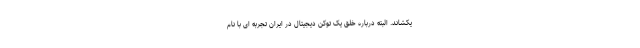
یکشاند. البته درباره خلق یک توکن دیجیتال در ایران تجربه ای با نام